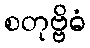
စတုဗ္ဗိဓံ